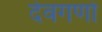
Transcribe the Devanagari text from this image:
देवगणो